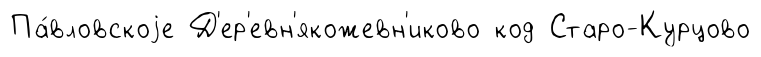
Па́вловскоjе Д'ер'евн'якожевн'иково код Старо-Курцово